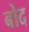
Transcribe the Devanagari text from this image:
बोद